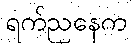
ရက်ညနေက